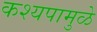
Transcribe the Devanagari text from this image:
कश्यपामुळे